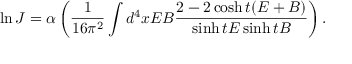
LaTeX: \ln J = \alpha \left( \frac { 1 } { 1 6 \pi ^ { 2 } } \int d ^ { 4 } x E B \frac { 2 - 2 \cosh t ( E + B ) } { \sinh t E \sinh t B } \right) .